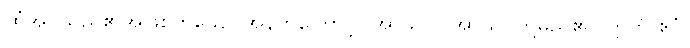
ထုံအပ်သည်၏အဖြစ်ဟူသော အနက်ကြောင့်။ အာသဝါ၊ အာသဝတို့မည်၏။ ဣတိ ဧဝံ၊